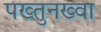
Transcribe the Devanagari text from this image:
पख्तुनख्वा